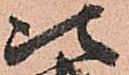
次